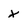
Character: x